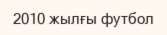
2010 жылғы футбол